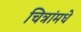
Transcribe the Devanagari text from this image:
चित्रांमधे